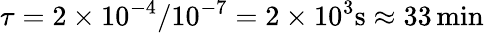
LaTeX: \tau=2\times 10^{-4}/10^{-7}=2\times 10^{3}\mathrm{s}\approx 33\, \mathrm{min}